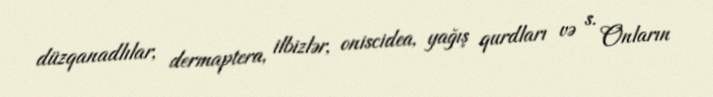
düzqanadlılar, dermaptera, ilbizlər, oniscidea, yağış qurdları və s. Onların